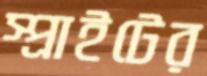
স্প্রাইটের